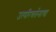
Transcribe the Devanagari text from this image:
उत्परिवर्तनाचा